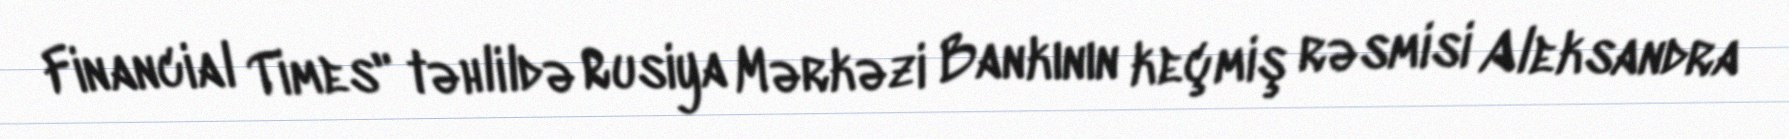
Financial Times" təhlildə Rusiya Mərkəzi Bankının keçmiş rəsmisi Aleksandra